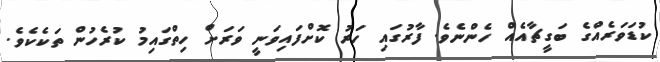
ކުޑަވަރެއްގެ ބަގީޗާއެއް ހެންނެވެ. ފާރުގައި ހަރު ކޮށްފައިވަނީ ވަރަށް ހިތްގައިމު ކުރެހުން ތަކެކެވެ.